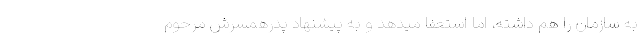
به سازمان را هم داشته، اما استعفا میدهد و به پیشنهاد پدرهمسرش مرحوم